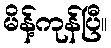
မိန့်ကုန်ပြီ။